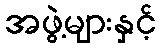
အဖွဲ့များနှင့်